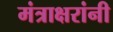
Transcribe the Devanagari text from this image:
मंत्राक्षरांनी